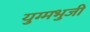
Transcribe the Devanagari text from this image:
युग्मभुजी